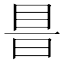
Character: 𥅏